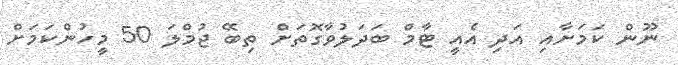
ނޫން ކަމަށާއި އަދި އެއީ ޓާމް ބަދަލުވާގޮތަށް ތިބޭ ޖުމްލަ 50 މީހުންކަމަށް